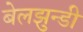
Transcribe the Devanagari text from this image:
बेलझुन्डी